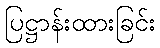
ပြဋ္ဌာန်းထားခြင်း